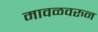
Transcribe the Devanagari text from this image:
मावळवरुन